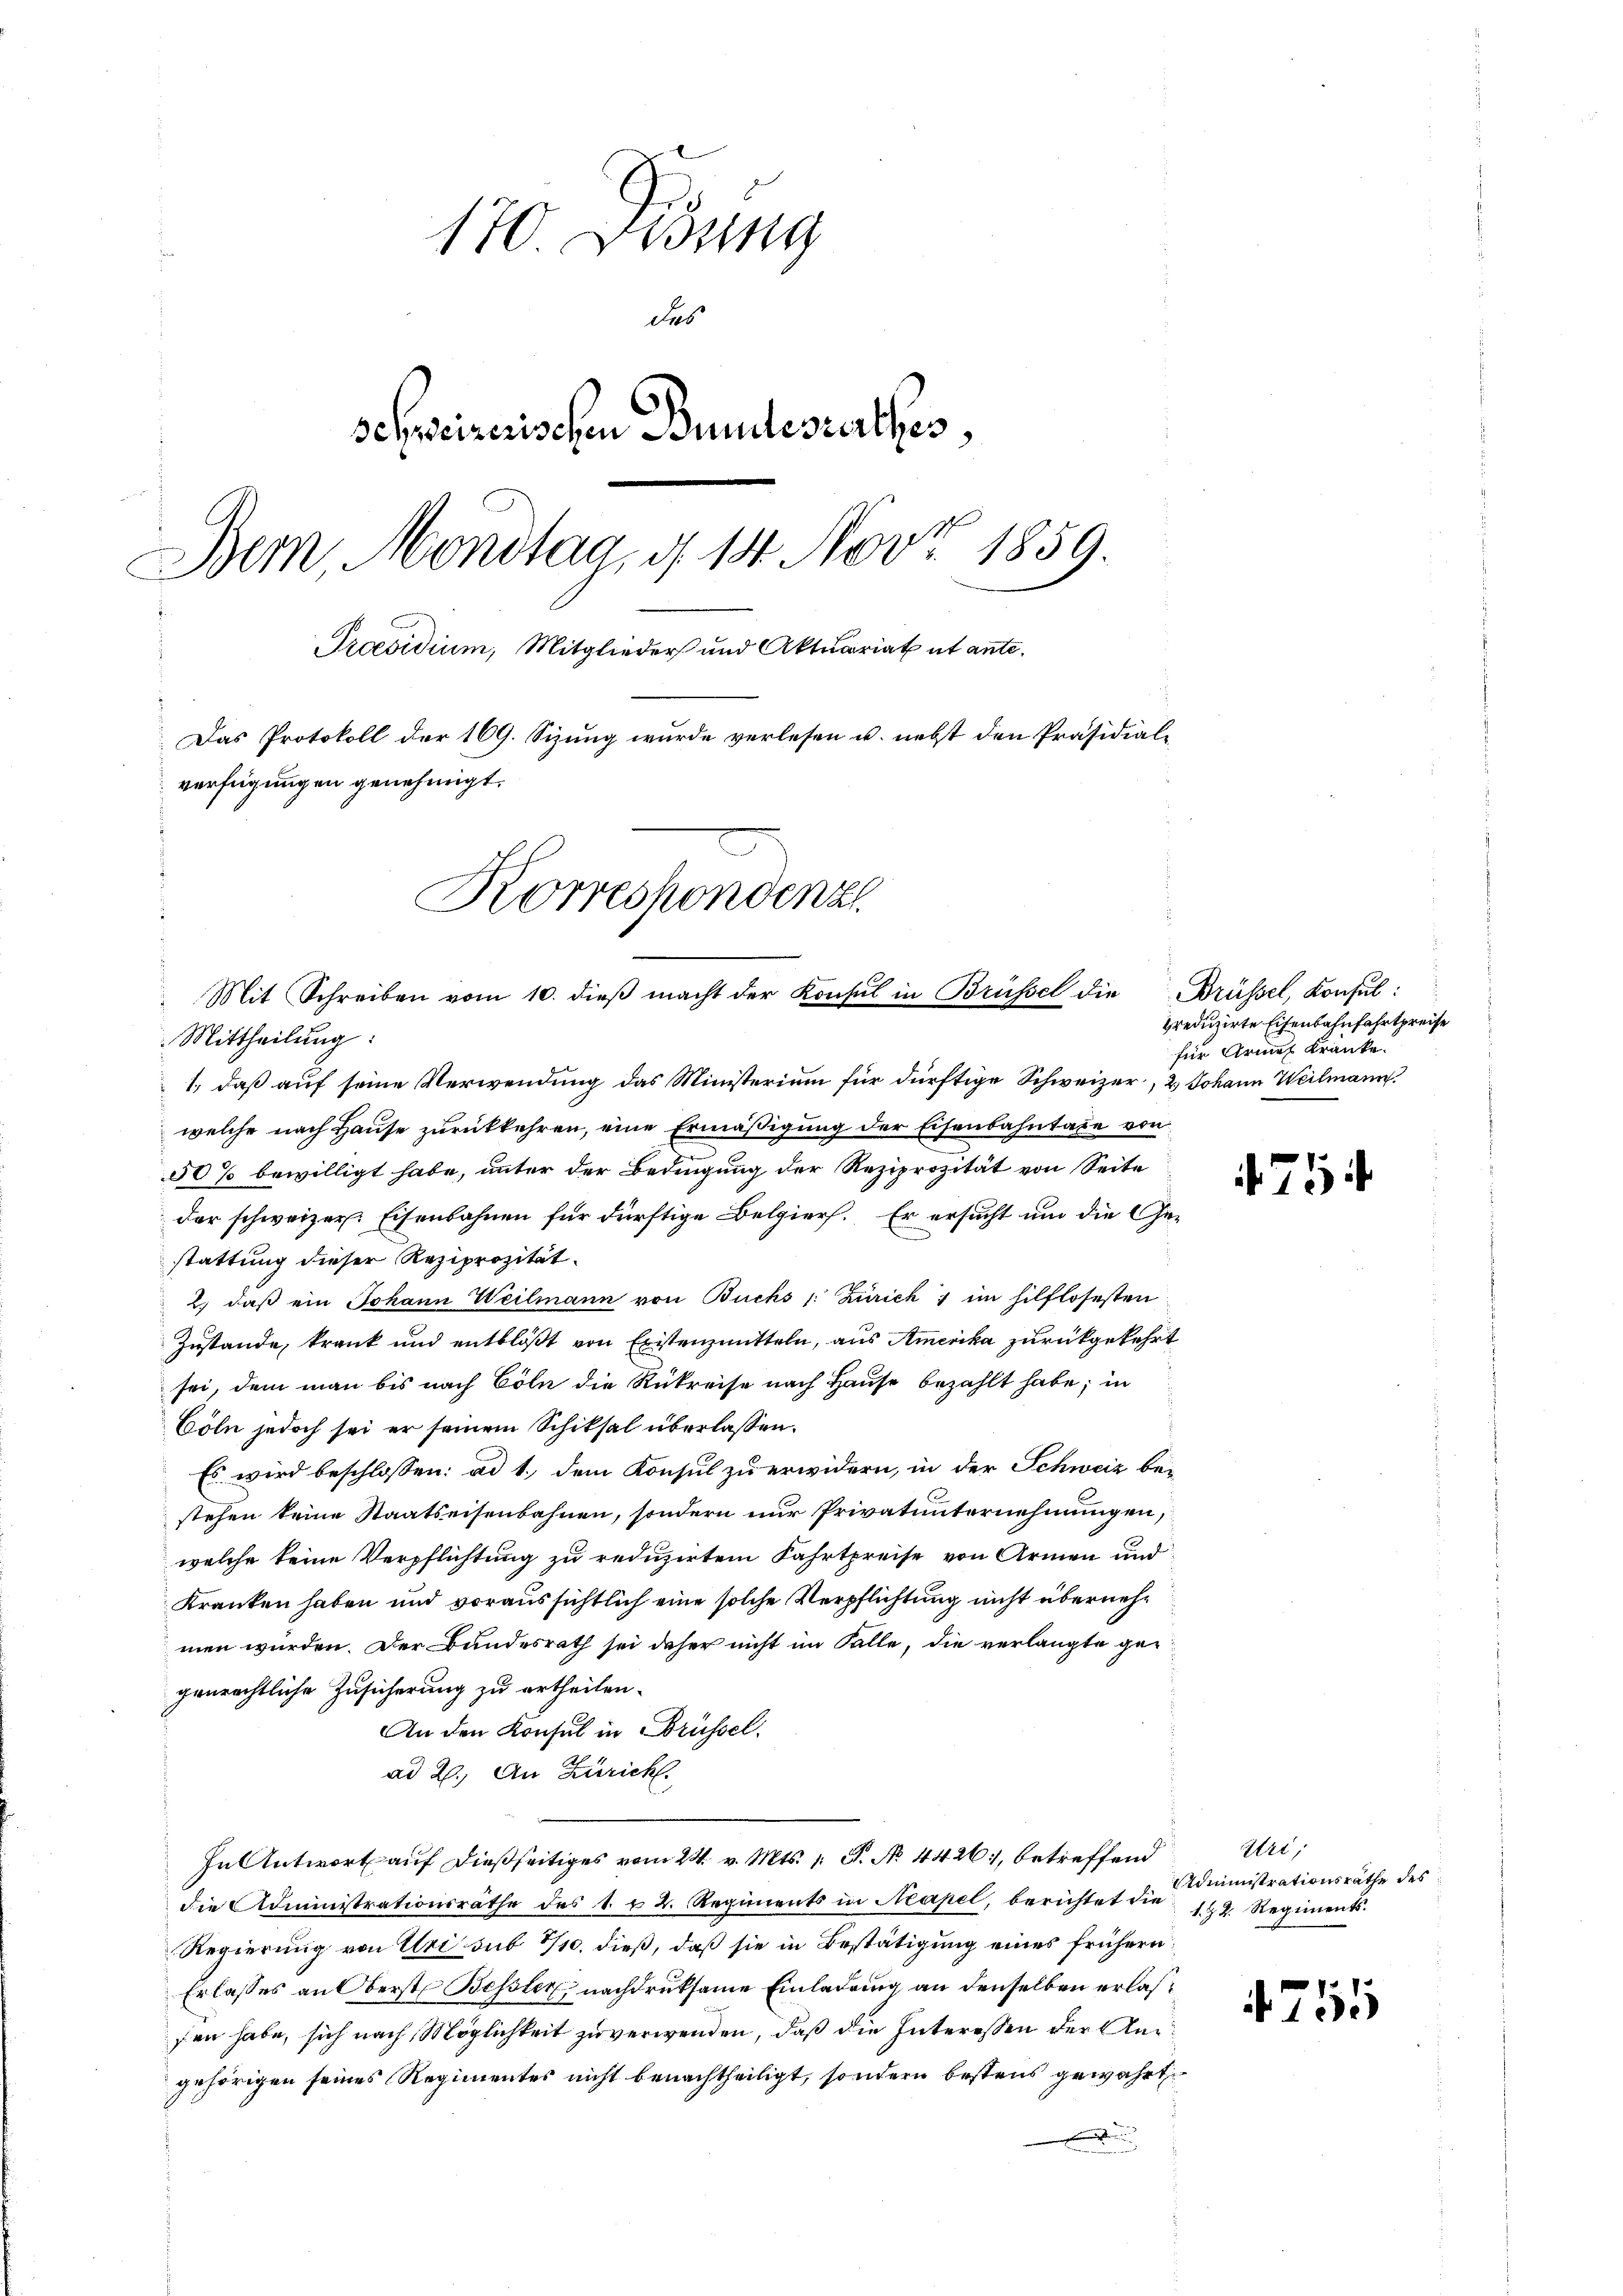
170 Didung
des
schweizerischen Bundesterthes,
.
Bern Montag, d. 14. Nov. 1859.
Praesidium, Mitglieder und Aktuariat et ante.
Das Protokoll der 169. Sizung wurde verlesen u. nebst den Präsidial-
verfügungen genehmigt.
Korreshondenz
Mit Schreiben vom 10. dieβ macht der Konsul in Brüssel die Brüssel, Konsul

Mittheilung:
1., daß auf seine Verwendung das Ministerium für dürftige Schweizer, 2.) Johann Weilmann
welche nach Hause zurückkehren, eine Ermäßigung der Eisenbahntage von
50% bewilligt habe, unter der Bedingung der Reziprozität von Seite
der schweizer Eisenbahnen für dürftige Belgiers. Er ersucht um die Gestattung dieser Reziprozität.
2. daβ ein Johann Weilmann von Buchs /: Zürich im hilflosesten
Zustande, krank und entblößt von Existenzmitteln, aus Amerika zurückgekehrt
sei, dem man bis nach Cöln die Rükreise nach Hause bezahlt habe; in
Cöln jedoch sei er seinem Schiksal überlassen.
Es wird beschlossen: ad 1., dem Konsul zu erwidern, in der Schweiz be-
stehen keine Staatseisenbahnen, sondern nur Privatunternehmungen,
welche keine Verpflichtung zu reduzirtem Fahrtpreise von Armen und
Kranken haben und voraussichtlich eine solche Verpflichtung nicht übernehmen würden. Der Bundesrath sei daher nicht im Falle, die verlangte gegenrechtliche Zusicherung zu ertheilen.
An den Konsul in Brüssel.
ad 2. An Zürich.
In Antwort auf dießseitiges vom 24. v. Mts. 1. P. No. 4426., betreffend
die Administrationsrathe des 1. r. 2. Regiments in Neapel, berichtet die 12. Regiments
Regierung von Uri sub 2/10. dieß, daß sie in Bestätigung eines frühern
Erlasses an Oberst Bessler, nachdruksame Einladung an denselben erlasfen habe, sich nach Möglichkeit zu verwenden, daß die Interessen der Angehörigen seines Regimentes nicht benachtheiligt, sondern bestens gewährt

preduzirte Eisenbahnfahrtpreise
für Arme Kranke.

71

Uri,
Administrationsräthe des

4751